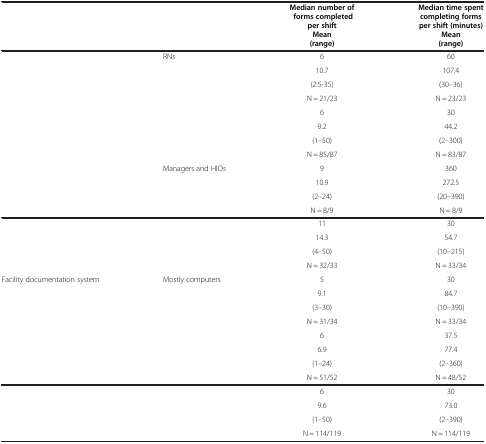
<table><thead><tr><td>[EMPTY_CELL]</td><td>[EMPTY_CELL]</td><td><b>Median number of forms completed per shift Mean (range)</b></td><td><b>Median time spent completing forms per shift (minutes) Mean (range)</b></td></tr></thead><tbody><tr><td>[EMPTY_CELL]</td><td>RNs</td><td>6</td><td>60</td></tr><tr><td>[EMPTY_CELL]</td><td>[EMPTY_CELL]</td><td>10.7</td><td>107.4</td></tr><tr><td>[EMPTY_CELL]</td><td>[EMPTY_CELL]</td><td>(2.5-35)</td><td>(30–36)</td></tr><tr><td>[EMPTY_CELL]</td><td>[EMPTY_CELL]</td><td>N = 21/23</td><td>N = 23/23</td></tr><tr><td>[EMPTY_CELL]</td><td>[EMPTY_CELL]</td><td>6</td><td>30</td></tr><tr><td>[EMPTY_CELL]</td><td>[EMPTY_CELL]</td><td>9.2</td><td>44.2</td></tr><tr><td>[EMPTY_CELL]</td><td>[EMPTY_CELL]</td><td>(1–50)</td><td>(2–300)</td></tr><tr><td>[EMPTY_CELL]</td><td>[EMPTY_CELL]</td><td>N = 85/87</td><td>N = 83/87</td></tr><tr><td>[EMPTY_CELL]</td><td>Managers and HIOs</td><td>9</td><td>360</td></tr><tr><td>[EMPTY_CELL]</td><td>[EMPTY_CELL]</td><td>10.9</td><td>272.5</td></tr><tr><td>[EMPTY_CELL]</td><td>[EMPTY_CELL]</td><td>(2–24)</td><td>(20–390)</td></tr><tr><td>[EMPTY_CELL]</td><td>[EMPTY_CELL]</td><td>N = 8/9</td><td>N = 8/9</td></tr><tr><td>[EMPTY_CELL]</td><td>[EMPTY_CELL]</td><td>11</td><td>30</td></tr><tr><td>[EMPTY_CELL]</td><td>[EMPTY_CELL]</td><td>14.3</td><td>54.7</td></tr><tr><td>[EMPTY_CELL]</td><td>[EMPTY_CELL]</td><td>(4–50)</td><td>(10–215)</td></tr><tr><td>[EMPTY_CELL]</td><td>[EMPTY_CELL]</td><td>N = 32/33</td><td>N = 33/34</td></tr><tr><td>Facility documentation system</td><td>Mostly computers</td><td>5</td><td>30</td></tr><tr><td>[EMPTY_CELL]</td><td>[EMPTY_CELL]</td><td>9.1</td><td>84.7</td></tr><tr><td>[EMPTY_CELL]</td><td>[EMPTY_CELL]</td><td>(3–30)</td><td>(10–390)</td></tr><tr><td>[EMPTY_CELL]</td><td>[EMPTY_CELL]</td><td>N = 31/34</td><td>N = 33/34</td></tr><tr><td>[EMPTY_CELL]</td><td>[EMPTY_CELL]</td><td>6</td><td>37.5</td></tr><tr><td>[EMPTY_CELL]</td><td>[EMPTY_CELL]</td><td>6.9</td><td>77.4</td></tr><tr><td>[EMPTY_CELL]</td><td>[EMPTY_CELL]</td><td>(1–24)</td><td>(2–360)</td></tr><tr><td>[EMPTY_CELL]</td><td>[EMPTY_CELL]</td><td>N = 51/52</td><td>N = 48/52</td></tr><tr><td>[EMPTY_CELL]</td><td>[EMPTY_CELL]</td><td>6</td><td>30</td></tr><tr><td>[EMPTY_CELL]</td><td>[EMPTY_CELL]</td><td>9.6</td><td>73.0</td></tr><tr><td>[EMPTY_CELL]</td><td>[EMPTY_CELL]</td><td>(1–50)</td><td>(2–390)</td></tr><tr><td>[EMPTY_CELL]</td><td>[EMPTY_CELL]</td><td>N = 114/119</td><td>N = 114/119</td></tr></tbody></table>